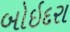
બોઇદરા